Report on vaccination in the Province of Bengal - 1874-1889
Year: 1874
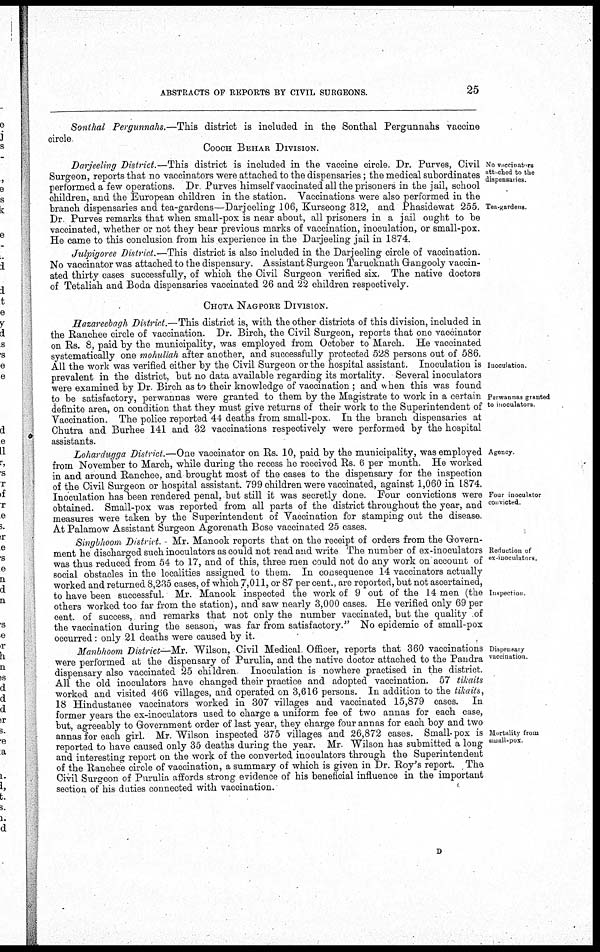
ABSTRACTS OF REPORTS BY CIVIL SURGEONS.
25
Sonthal Pergunnahs.—This district is included in the Sonthal Pergunnahs vaccine
circle
COOCH BEHAR DIVISION.
No vaccinators
attached to the
dispensaries.
Tea-gardens
Darjeeling District.—This district is included in the vaccine circle. Dr. Purves, Civil
Surgeon, reports that no vaccinators were attached to the dispensaries; the medical subordinates
performed a few operations. Dr Purves himself vaccinated all the prisoners in the jail, school
children, and the European children in the station. Vaccinations were also performed in the
branch dispensaries and tea-gardens—Darjeeling 106, Kurseong 312, and Phasidewat 255.
Dr Purves remarks that when small-pox is near about, all prisoners in a jail ought to be
vaccinated, whether or not they bear previous marks of vaccination, inoculation, or small-pox.
He came to this conclusion from his experience in the Darjeeling jail in 1874.
Julpigoree District.—This district is also included in the Darjeeling circle of vaccination.
No vaccinator was attached to the dispensary. Assistant Surgeon Tarucknath Gangooly vaccin-
ated thirty cases successfully, of which the Civil Surgeon verified six. The native doctors
of Tetaliah and Boda dispensaries vaccinated 26 and 22 children respectively.
CHOTA NAGPORE DIVISION.
Inoculation.
Perwannas granted
to inoculators.
Hazareebagh District.—This district is, with the other districts of this division, included in
the Ranchee circle of vaccination. Dr. Birch, the Civil Surgeon, reports that one vaccinator
on Rs. 8, paid by the municipality, was employed from October to March. He vaccinated
systematically one mohullah after another, and successfully protected 528 persons out of 586.
All the work was verified either by the Civil Surgeon or the hospital assistant. Inoculation is
prevalent in the district, but no data available regarding its mortality. Several inoculators
were examined by Dr. Birch as to their knowledge of vaccination ; and when this was found
to be satisfactory, perwannas were granted to them by the Magistrate to work in a certain
definite area, on condition that they must give returns of their work to the Superintendent of
Vaccination. The police reported 44 deaths from small-pox. In the branch dispensaries at
Chutra and Burhee 141 and 32 vaccinations respectively were performed by the hospital
assistants.
Agency.
Four inoculator
convicted
Lohardugga District.—One vaccinator on Rs. 10, paid by the municipality, was employed
from November to March, while during the recess he received Rs. 6 per month. He worked
in and around Ranchee, and brought most of the cases to the dispensary for the inspection
of the Civil Surgeon or hospital assistant. 799 children were vaccinated, against 1,060 in 1874.
Inoculation has been rendered penal, but still it was secretly done. Four convictions were
obtained. Small-pox was reported from all parts of the district throughout the year, and
measures were taken by the Superintendent of Vaccination for stamping out the disease.
At Palamow Assistant Surgeon Agorenath Bose vaccinated 25 cases.
Reduction of
ex-inoculators.
Inspection.
Singbhoom District. - Mr. Manook reports that on the receipt of orders from the Govern-
ment he discharged such inoculators as could not read and write The number of ex-inoculators
was thus reduced from 54 to 17, and of this, three men could not do any work on account of
social obstacles in the localities assigned to them. In consequence 14 vaccinators actually
worked and returned 8,235 cases, of which 7,011, or 87 per cent., are reported, but not ascertained,
to have been successful. Mr. Manook inspected the work of 9 out of the 14 men (the
others worked too far from the station), and saw nearly 3,000 cases. He verified only 69 per
cent. of success, and remarks that not only the number vaccinated, but the quality of
the vaccination during the season, was far from satisfactory." No epidemic of small-pox
occurred: only 21 deaths were caused by it.
Dispensary
vaccination
Mortality from
small-pox.
Manbhoom District—Mr. Wilson, Civil Medical Officer, reports that 360 vaccinations
were performed at the dispensary of Purulia, and the native doctor attached to the Pandra
dispensary also vaccinated 25 children Inoculation is nowhere practised in the district.
All the old inoculators have changed their practice and adopted vaccination. 57 tihaits
worked and visited 466 villages, and operated on 3,616 persons. In addition to the tikcits,
18 Hindustanee vaccinators worked in 307 villages and vaccinated 15,879 cases. In
former years the ex-inoculators used to charge a uniform fee of two annas for each case,
but, agreeably to Government order of last year, they charge four annas for each boy and two
annas for each girl. Mr. Wilson inspected 375 villages and 26,872 cases. Small-pox is
reported to have caused only 35 deaths during the year. Mr. Wilson has submitted a long
and interesting report on the work of the converted inoculators through the Superintendent
of the Ranchee circle of vaccination, a summary of which is given in Dr. Roy's report. The
Civil Surgeon of Purulia affords strong evidence of his beneficial influence in the important
section of his duties connected with vaccination.
D